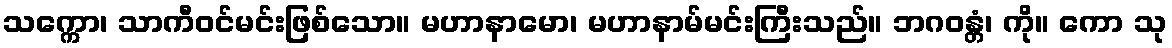
သက္ကော၊ သာကီဝင်မင်းဖြစ်သော။ မဟာနာမော၊ မဟာနာမ်မင်းကြီးသည်။ ဘဂဝန္တံ၊ ကို။ ကော သု